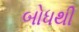
બોધથી